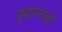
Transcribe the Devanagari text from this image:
युद्धापराधों